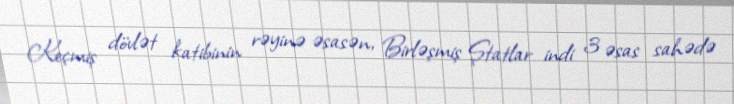
Keçmiş dövlət katibinin rəyinə əsasən, Birləşmiş Ştatlar indi 3 əsas sahədə